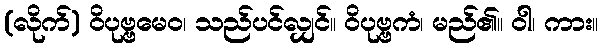
(လိုက်) ဝိပုဗ္ဗမေဝ၊ သည်ပင်လျှင်။ ဝိပုဗ္ဗကံ၊ မည်၏။ ဝါ၊ ကား။